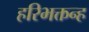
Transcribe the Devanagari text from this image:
हरिभक्तन्ह